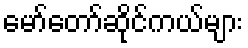
မော်တော်ဆိုင်ကယ်များ